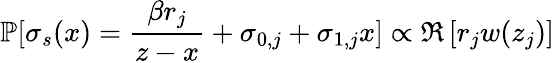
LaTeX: \mathbb{P}[\sigma_{s}(x)=\frac{\beta r_{j}}{z-x}+\sigma_{0,j}+\sigma_{1,j}x]\propto\Re\left[r_{j}w(z_{j})\right]